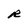
Character: R